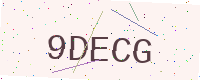
Text: 9DECG